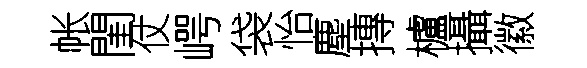
帐閨仗崿袋怡塵摶櫨攝徽